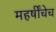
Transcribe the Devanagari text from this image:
महर्षींचेच